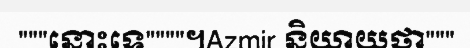
"""នោះទេ""""។Azmir និយាយថា"""